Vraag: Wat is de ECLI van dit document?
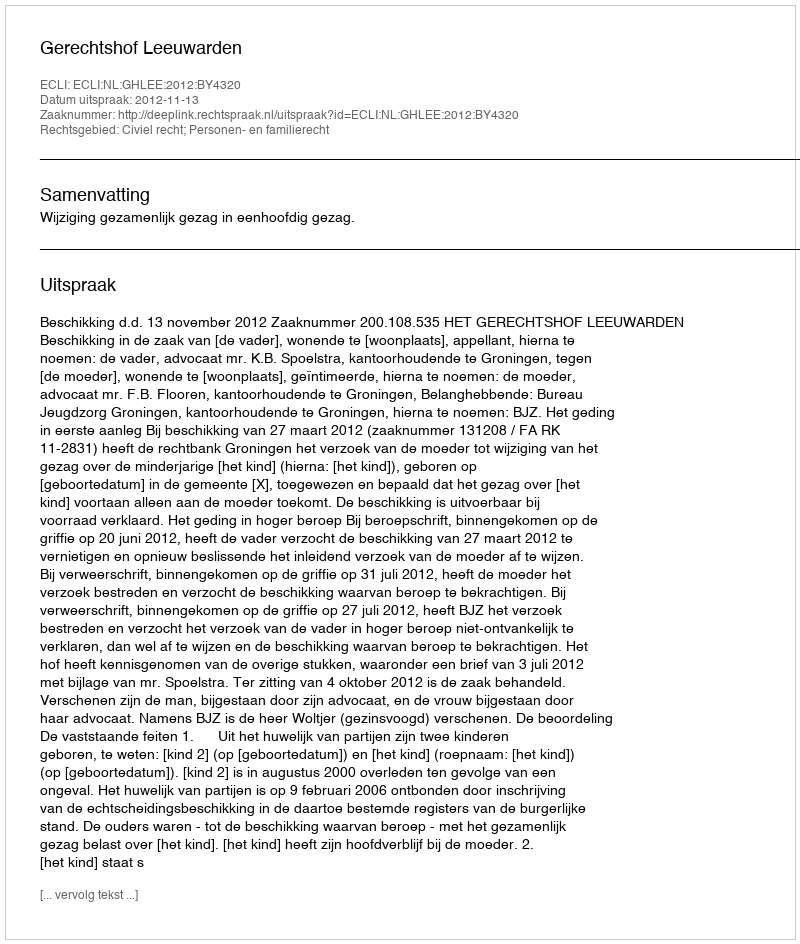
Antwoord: ECLI:NL:GHLEE:2012:BY4320